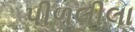
પીળલીલા